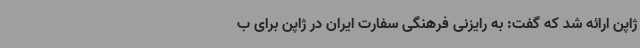
ژاپن ارائه شد که گفت: به رایزنی فرهنگی سفارت ایران در ژاپن برای ب